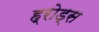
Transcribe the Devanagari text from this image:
ह्रोड्स